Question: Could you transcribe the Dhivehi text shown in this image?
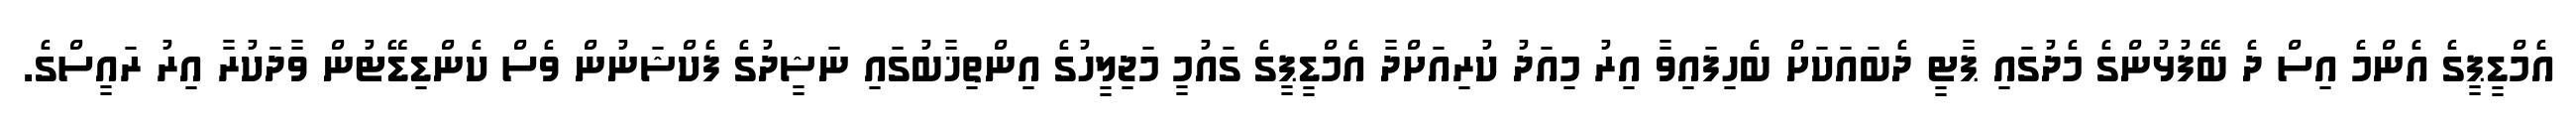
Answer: އެމްޑީޕީގެ އެންމެ އިސް ދެ ބޭފުޅުންގެ މެދުގައި ޕާޓީ ދެބައަކަށް ބެހިފައިވާ އިރު މިއަދު ކުރިއަށްދާ އެމްޑީޕީގެ ގައުމީ މަޖިލީހުގެ އިންތިޚާބުގައި ނަޝީދުގެ ފެކްޝަނުން ވެސް ކެންޑިޑޭޓުން ވާދަކުރާ އިރު ރައީސްގެ.